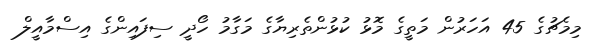
މިމެޗުގެ 45 އަހަރުން މަތީގެ މޮޅު ކުޅުންތެރިޔާގެ މަގާމު ހޯދީ ސިފައިންގެ އިސްމާއީލް